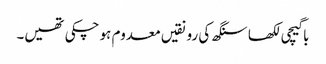
باگیچی لکھا سنگھ کی رونقیں معدوم ہو چکی تھیں۔